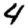
Digit: 4